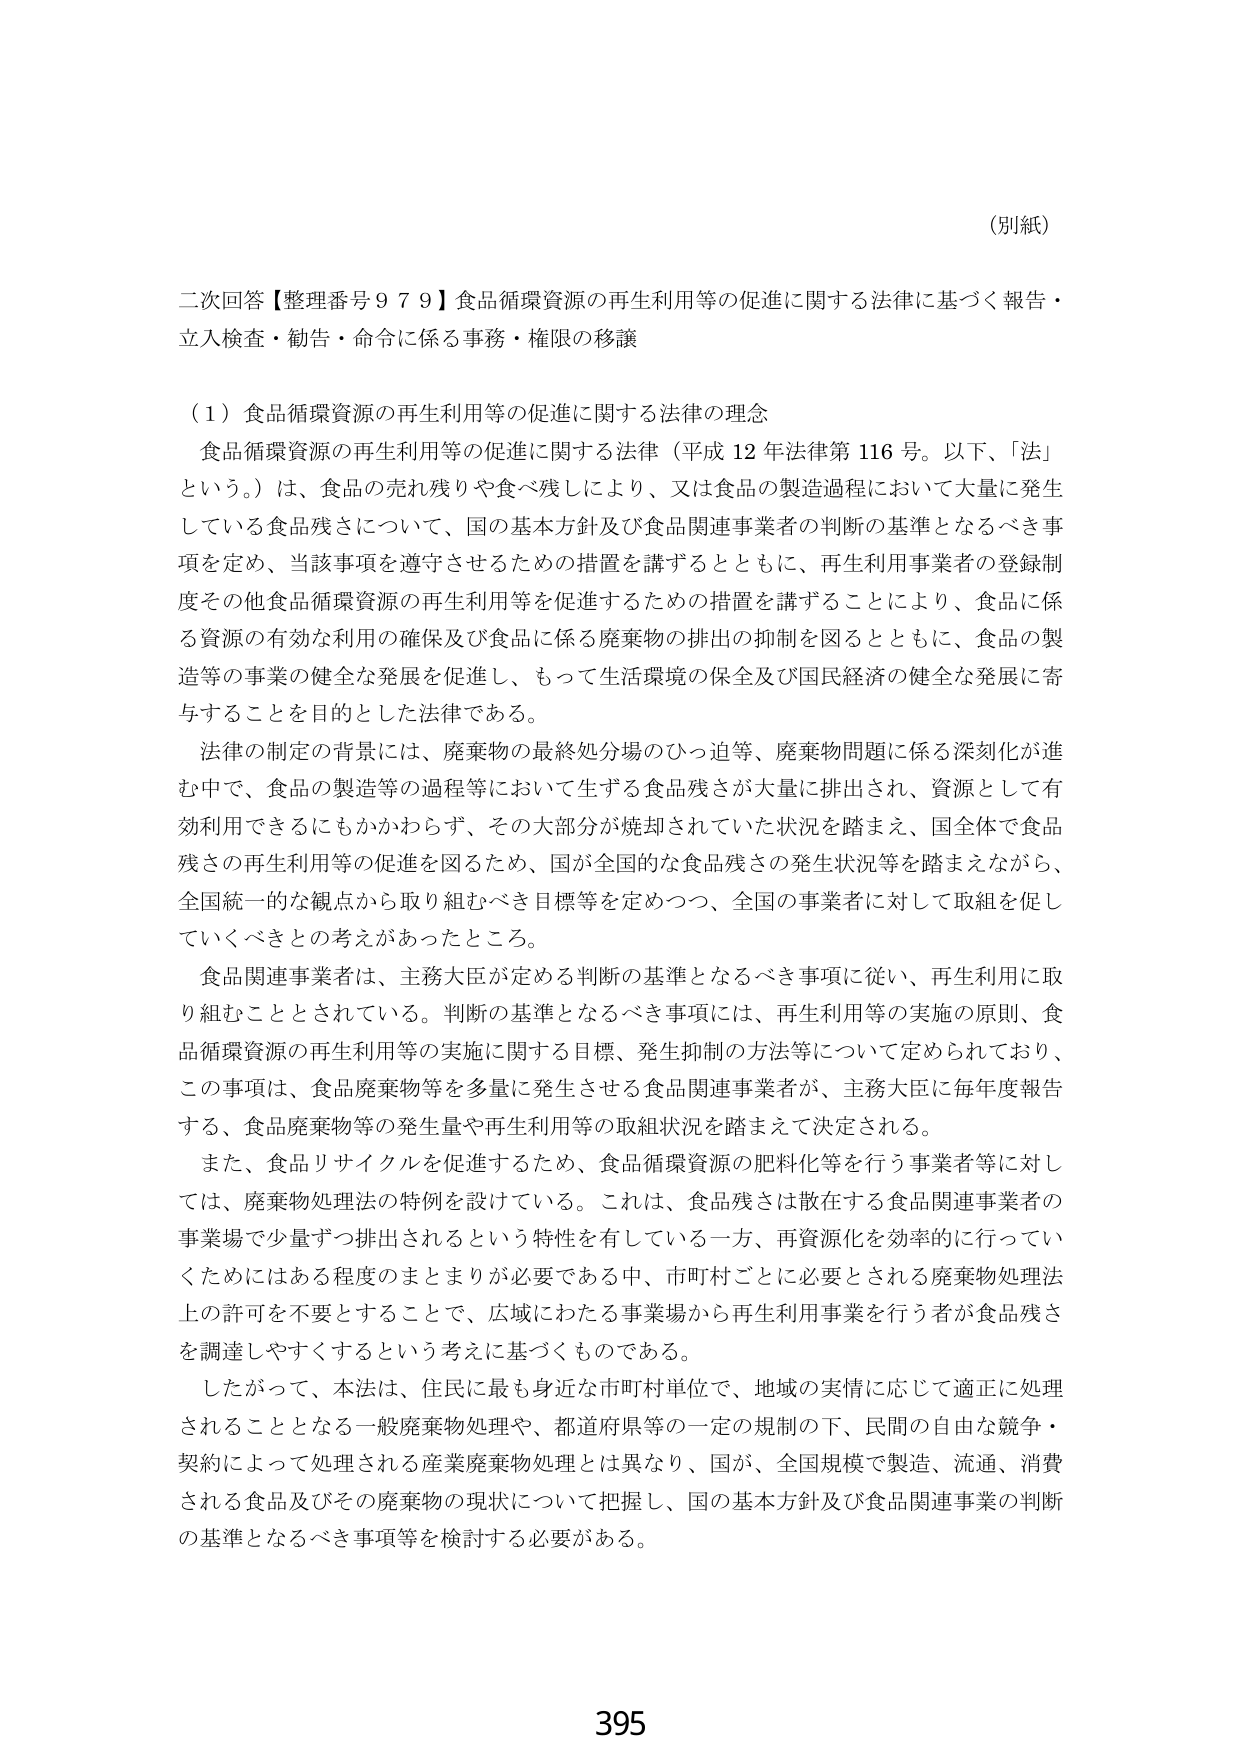
（別紙）

二次回答【整理番号９７９】食品循環資源の再生利用等の促進に関する法律に基づく報告・立入検査・勧告・命令に係る事務・権限の移譲

（１）食品循環資源の再生利用等の促進に関する法律の理念

　食品循環資源の再生利用等の促進に関する法律（平成12年法律第116号。以下、「法」という。）は、食品の売れ残りや食べ残しにより、又は食品の製造過程において大量に発生している食品残さについて、国の基本方針及び食品関連事業者の判断の基準となるべき事項を定め、当該事項を遵守させるための措置を講ずるとともに、再生利用事業者の登録制度その他食品循環資源の再生利用等を促進するための措置を講ずることにより、食品に係る資源の有効な利用の確保及び食品に係る廃棄物の排出の抑制を図るとともに、食品の製造等の事業の健全な発展を促進し、もって生活環境の保全及び国民経済の健全な発展に寄与することを目的とした法律である。

　法律の制定の背景には、廃棄物の最終処分場のひっ迫等、廃棄物問題に係る深刻化が進む中で、食品の製造等の過程等において生ずる食品残さが大量に排出され、資源として有効利用できるにもかかわらず、その大部分が焼却されていた状況を踏まえ、国全体で食品残さの再生利用等の促進を図るため、国が全国的な食品残さの発生状況等を踏まえながら、全国統一的な観点から取り組むべき目標等を定めつつ、全国の事業者に対して取組を促していくべきとの考えがあったところ。

　食品関連事業者は、主務大臣が定める判断の基準となるべき事項に従い、再生利用に取り組むこととされている。判断の基準となるべき事項には、再生利用等の実施の原則、食品循環資源の再生利用等の実施に関する目標、発生抑制の方法等について定められており、この事項は、食品廃棄物等を多量に発生させる食品関連事業者が、主務大臣に毎年度報告する、食品廃棄物等の発生量や再生利用等の取組状況を踏まえて決定される。

　また、食品リサイクルを促進するため、食品循環資源の肥料化等を行う事業者等に対しては、廃棄物処理法の特例を設けている。これは、食品残さは散在する食品関連事業者の事業場で少量ずつ排出されるという特性を有している一方、再資源化を効率的に行っていくためにはある程度のまとまりが必要である中、市町村ごとに必要とされる廃棄物処理法上の許可を不要とすることで、広域にわたる事業場から再生利用事業を行う者が食品残さを調達しやすくするという考えに基づくものである。

　したがって、本法は、住民に最も身近な市町村単位で、地域の実情に応じて適正に処理されることとなる一般廃棄物処理や、都道府県等の一定の規制の下、民間の自由な競争・契約によって処理される産業廃棄物処理とは異なり、国が、全国規模で製造、流通、消費される食品及びその廃棄物の現状について把握し、国の基本方針及び食品関連事業の判断の基準となるべき事項等を検討する必要がある。

395